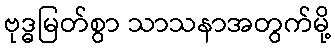
ဗုဒ္ဓမြတ်စွာ သာသနာအတွက်မို့